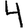
Digit: 4